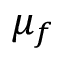
\mu _ { f }